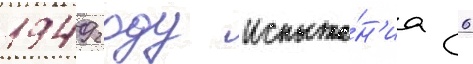
1949 году испыта́н'иа 6